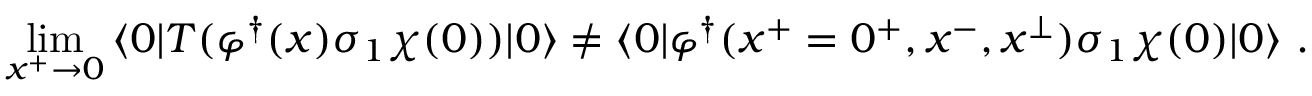
\operatorname * { l i m } _ { x ^ { + } \rightarrow 0 } \, \langle 0 | T ( \varphi ^ { \dagger } ( x ) \sigma _ { 1 } \chi ( 0 ) ) | 0 \rangle \neq \langle 0 | \varphi ^ { \dagger } ( x ^ { + } = 0 ^ { + } , x ^ { - } , x ^ { \perp } ) \sigma _ { 1 } \chi ( 0 ) | 0 \rangle \ .